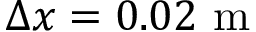
\Delta x = 0 . 0 2 \textrm { m }